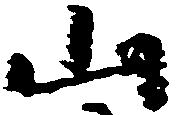
山